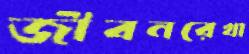
জীবনরেখা